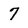
Character: 7